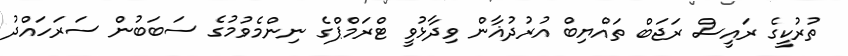
ތުރުކީގެ ރައީސް ރަޖަބް ތައްޔިބް އުރުދުޣާން ވިދާޅުވީ ޓްރަމްޕްގެ ނިންމެވުމުގެ ސަބަބުން ސަރަހައްދު